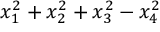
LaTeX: x _ { 1 } ^ { 2 } + x _ { 2 } ^ { 2 } + x _ { 3 } ^ { 2 } - x _ { 4 } ^ { 2 }